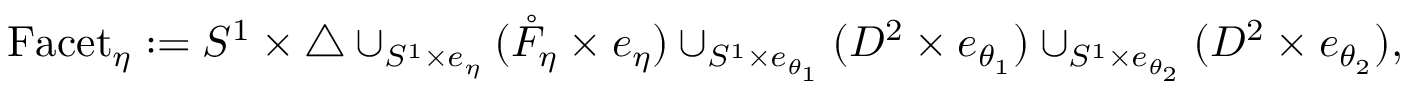
\begin{array} { r } { \mathrm { F a c e t } _ { \eta } : = S ^ { 1 } \times \triangle \cup _ { S ^ { 1 } \times e _ { \eta } } ( \mathring { F } _ { \eta } \times e _ { \eta } ) \cup _ { S ^ { 1 } \times e _ { \theta _ { 1 } } } ( D ^ { 2 } \times e _ { \theta _ { 1 } } ) \cup _ { S ^ { 1 } \times e _ { \theta _ { 2 } } } ( D ^ { 2 } \times e _ { \theta _ { 2 } } ) , } \end{array}